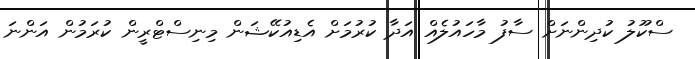
ސްކޫލު ކުދިންނަށް ސާފު މާހައުލެއް އަދާ ކުރުމަށް އެޑިއުކޭޝަން މިނިސްޓްރީން ކުރަމުން އަންނަ